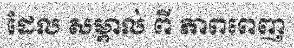
ដែល សម្គាល់ ពី ភាពពេញ